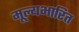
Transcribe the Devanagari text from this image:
मूल्यभारित